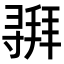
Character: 𫴵